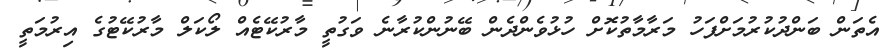
އެތަން ބަންދުކުރުމަށްފަހު މަރާމާތުކޮށް ހުޅުވެންދެން ބޭނުންކުރާނެ ވަގުތީ މާރުކޭޓެއް ލޯކަލް މާރުކޭޓުގެ އިރުމަތީ